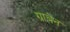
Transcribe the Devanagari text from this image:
ग्राबेन